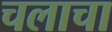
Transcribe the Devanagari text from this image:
चलाचा